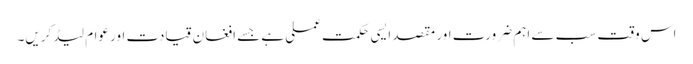
اس وقت سب سے اہم ضرورت اور مقصد ایسی حکمت عملی ہے جسے افغان قیادت اور عوام لیڈ کریں۔